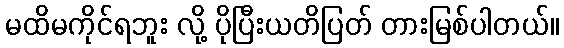
မထိမကိုင်ရဘူး လို့ ပိုပြီးယတိပြတ် တားမြစ်ပါတယ်။